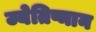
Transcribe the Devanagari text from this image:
ज्येतिष्मान